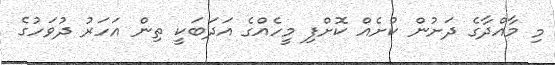
މި މާއްދާގެ ދަށުން ކުށެއް ކޮށްފި މީހެއްގެ އަދަބަކީ ތިން އަހަރު ދުވަހުގެ